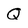
Character: Q